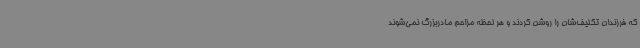
که فرزندان تکلیف‌شان را روشن کردند و هر لحظه مزاحم مادربزرگ نمی‌شوند